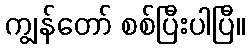
ကျွန်တော် စစ်ပြီးပါပြီ။